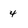
Character: 4